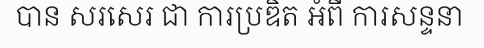
បាន សរសេរ ជា ការប្រឌិត អំពី ការសន្ទនា